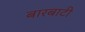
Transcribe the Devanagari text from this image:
बारबाटी